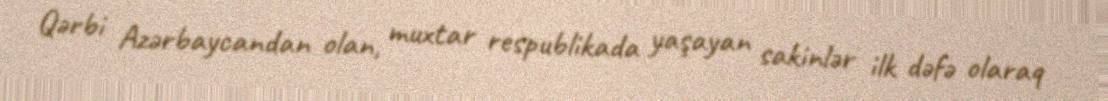
Qərbi Azərbaycandan olan, muxtar respublikada yaşayan sakinlər ilk dəfə olaraq